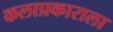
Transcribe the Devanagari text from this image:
कलाप्रकाराला